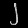
Digit: ၂